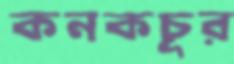
কনকচূর